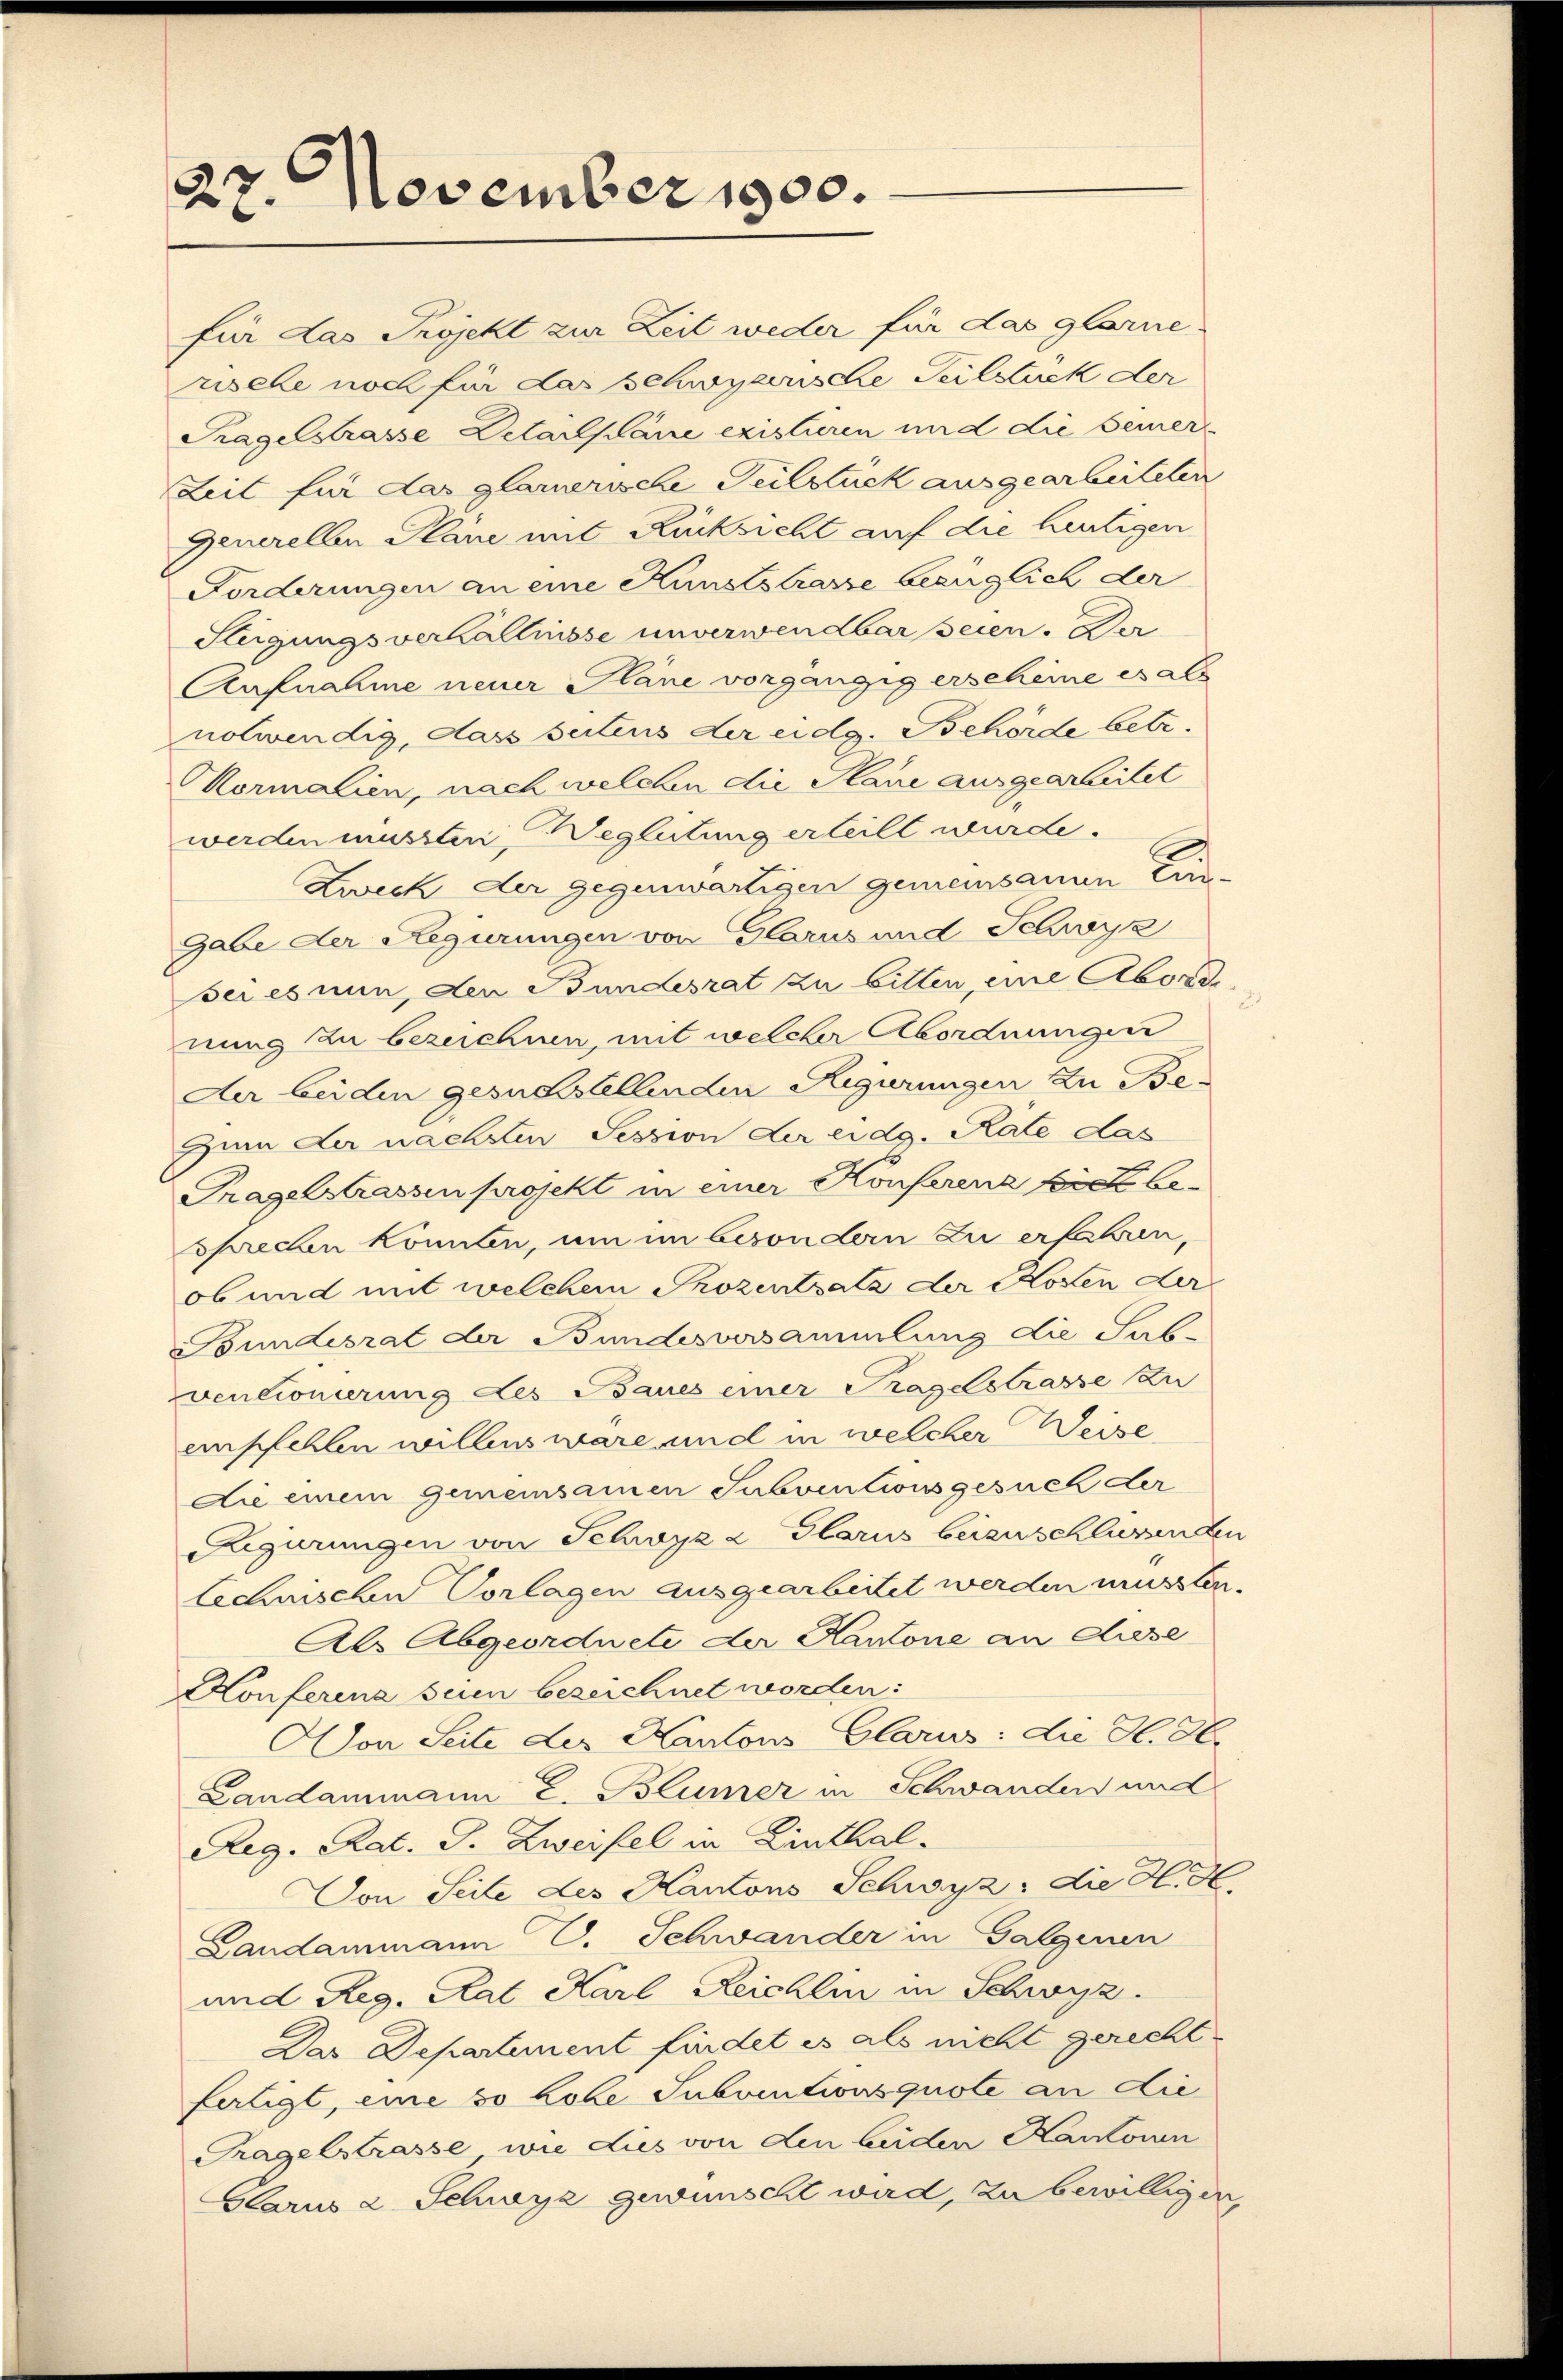
27. November 1900.

für das Projekt zur Zeit weder für das Glarne.
rsehe noch für das schwyzerische Teilstück der
Tragelstrasse Detailpläne existieren und die Bemer¬
Zeit für das glarnerische Teilstuck ausgearbeiteten
Generellen Plane mit Rücksicht auf die heutigen
Forderungen an eine Kunststrasse bezüglich der
Stügungsverhältnisse unverwendbar seien. Der
Aufnahme neuer Pläne vorgängig erscheine es als
notwendig, dass seitens der eidg. Behörde betr.
Mormalien, nach welchen die Plane ausgearbeitet
werden müssten Begleitung erteilt wurde.
Zweck der gegenwärtigen gemeinsamen Ein¬
Gabe der Regierungen von Glarus und Schwyz
sei es nun, den Bundesrat zu bitten, eine Abordnung zu bezeichnen, mit welcher Abordnungen
Aer beiden gesuchstellenden Regierungen zu Be¬
Zum Ler nächsten Session der eidg. Rate das
Tragesstrassen projekt in einer Konferenz fielt be-
sprechen könnten, um im besondern zu erfahren,
ob und mit welchem Prozentratz der Kosten der
Bundesrat der Bundesversammlung die Sab-
ventionierung des Baues einer Tragelstrasse zu
empfehlen willens wäre und in welcher Weise
Die einem Gemeinsamen Subventionsgesuch der
Regierungen von Schwyz a Glarus beizuschlüssenden
technischen Vorlagen ausgearbeitet werden müssten.
Als Abgeordnete der Kantone an diese
Konferena seien bezeichnet worden:
AVon Seite der Kantons Glarus: die H. 36.
Landammann E. Blümer in Schwanden und
Reg. Rat. G. Zweifel in Linthal¬
Von Seite des Kantons Schwyz: die H. H.
Landammann V. Schwander in Galgenen
und Reg. Rat Karl Reichlin in Schwyz.
Das Departement findet es als nicht gerecht
fertigt, eine so hohe Subventionsquote an die
Tragelstrasse wie dies von den beiden Kantonen
Glarus 2 Schwyz gewünscht wird, zu bewilligen,